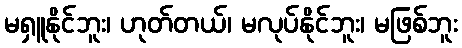
မရှူနိုင်ဘူး၊ ဟုတ်တယ်၊ မလုပ်နိုင်ဘူး၊ မဖြစ်ဘူး